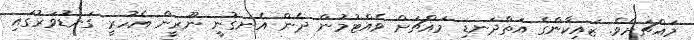
މައްޗަށެވެ. ޒައިކާންގެ އަތްދަނޑި މައްޗަށް ވެއްޓުމުން ދެން އެނގުނީ ނޫރީން އެހުރީ ގަނޑުވަރުގައި